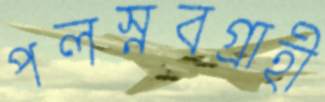
পলস্নবগ্রাহী